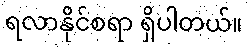
ရလာနိုင်စရာ ရှိပါတယ်။